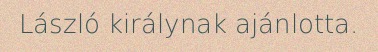
László királynak ajánlotta.